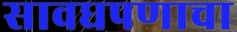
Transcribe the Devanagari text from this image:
सावधपणाचा